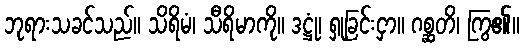
ဘုရားသခင်သည်။ သိရိမံ၊ သီရိမာကို။ ဒဋ္ဌုံ၊ ရှုခြင်းငှာ။ ဂစ္ဆတိ၊ ကြွ၏။